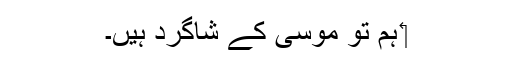
‏ ہم تو موسیٰ کے شاگرد ہیں۔